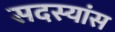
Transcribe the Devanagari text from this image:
सदस्यांस